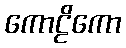
ကောဠိကော